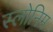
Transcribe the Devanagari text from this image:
स्लोनिम